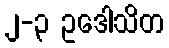
၂-၃ ဥဒေါသိတ